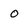
Character: o